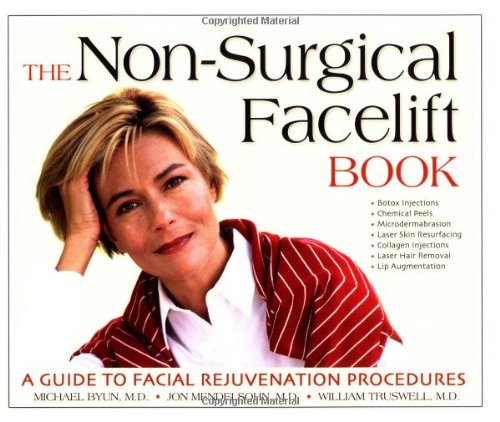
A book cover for The Non-Surgical Facelift Book: A Guide to Facial Rejuvenation Procedures; Jon Mendelson MD; Health, Fitness & Dieting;